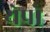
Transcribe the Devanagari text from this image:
येपो